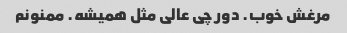
مرغش خوب. دور چی عالی مثل همیشه. ممنونم